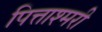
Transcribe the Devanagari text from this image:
पित्ताश्मरी